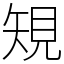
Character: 䂓